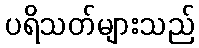
ပရိသတ်များသည်